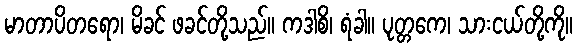
မာတာပိတရော၊ မိခင် ဖခင်တို့သည်။ ကဒါစိ၊ ရံခါ။ ပုတ္တကေ၊ သားငယ်တို့ကို။